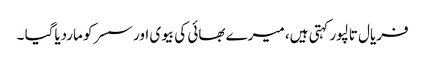
فریال تالپور کہتی ہیں، میرے بھائی کی بیوی اور سسرکو ماردیاگیا ۔